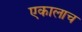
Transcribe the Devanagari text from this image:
एकालाच